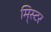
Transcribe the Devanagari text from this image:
मि्स्टर